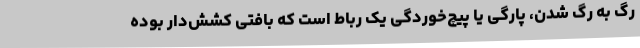
رگ به رگ شدن، پارگی یا پیچ‌خوردگی یک رباط است که بافتی کشش‌دار بوده